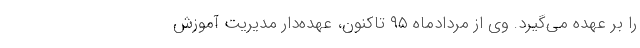
را بر عهده می‌گیرد. وی از مردادماه ۹۵ تاکنون، عهده‌دار مدیریت آموزش